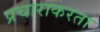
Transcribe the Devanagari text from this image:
प्रचाराकरता